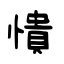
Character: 憒